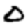
Digit: 0